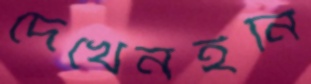
দেখেনইনি